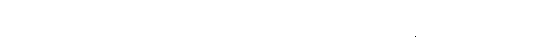
အာရဒ္ဓဝီရိယော၊ အားထုတ်သော လုံလရှိသောသူသည်။ သုခံ၊ ချမ်းသာစွာ။ ဝိဟရတိ၊